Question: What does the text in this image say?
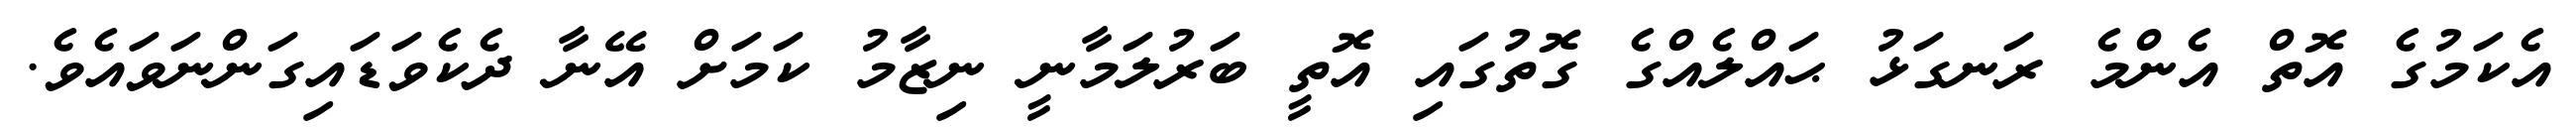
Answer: އެކަމުގެ އޮތް އެންމެ ރަނގަޅު ޙައްލެއްގެ ގޮތުގައި އޮތީ ބަރުލަމާނީ ނިޒާމު ކަމަށް އޭނާ ދެކެވަޑައިގަންނަވައެވެ.